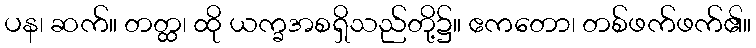
ပန၊ ဆက်။ တတ္ထ၊ ထို ယက္ခအစရှိသည်တို့၌။ ဧကတော၊ တစ်ဖက်ဖက်၏။